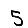
Digit: 5